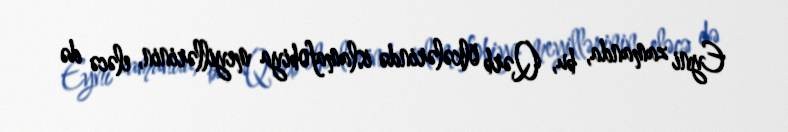
Eyni zamanda, bu, Qərb ölkələrində islamafobiya meyillərinin, eləcə də